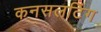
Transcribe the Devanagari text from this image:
कनसलटिंग